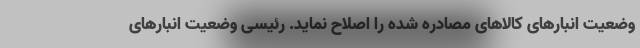
وضعیت انبارهای کالاهای مصادره شده را اصلاح نماید. رئیسی وضعیت انبارهای